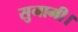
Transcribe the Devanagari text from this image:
सुनामी।